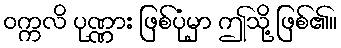
ဝက္ကလိ ပုဏ္ဏား ဖြစ်ပုံမှာ ဤသို့ ဖြစ်၏။